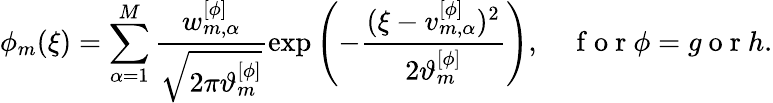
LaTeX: \phi_{m}(\xi)=\sum_{\alpha=1}^{M}\frac{w_{m,\alpha}^{[\phi]}}{\sqrt{2\pi\vartheta_{m}^{[\phi]}}}\exp\left(-\frac{(\xi-v_{m,\alpha}^{[\phi]})^{2}}{2\vartheta_{m}^{[\phi]}}\right),\quad\mathrm{~f~o~r~}\phi=g\mathrm{~o~r~}h.